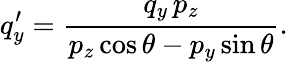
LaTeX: q_{y}^{\prime}=\frac{q_{y}\, p_{z}}{p_{z}\cos\theta-p_{y}\sin\theta}.